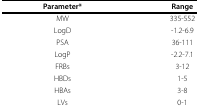
| Parameter* | Range |
 | --- | --- |
 | MW | 335-552 |
 | LogD | -1.2-6.9 |
 | PSA | 36-111 |
 | LogP | -2.2-7.1 |
 | FRBs | 3-12 |
 | HBDs | 1-5 |
 | HBAs | 3-8 |
 | LVs | 0-1 |